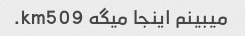
میبینم اینجا میگه km509.